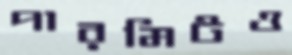
পারমিটও